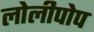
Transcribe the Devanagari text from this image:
लोलीपोप